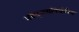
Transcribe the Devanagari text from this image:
भवेद्‌ग्लानिर्धर्मस्य